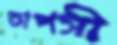
তাপসী